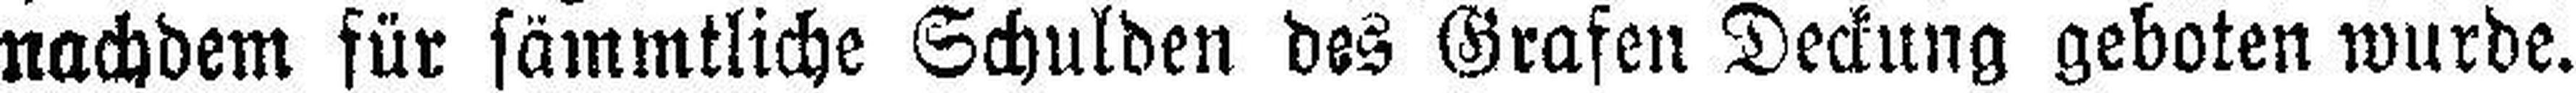
nachdem für sämmtliche Schulden des Grafen Deckung geboten wurde.